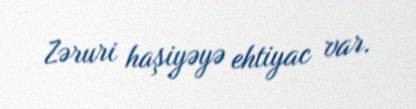
Zəruri haşiyəyə ehtiyac var.